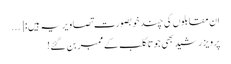
ان مقابلوں کی چند خوبصورت تصاویر یہ ہیں: [...
پرویز رشید بھی جوتا کلب کے ممبر بن گئے!